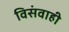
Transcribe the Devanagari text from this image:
विसंवाही